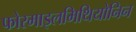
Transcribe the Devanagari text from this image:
फोरमाइलमिथियोनिन